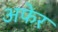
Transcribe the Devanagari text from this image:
अफेर